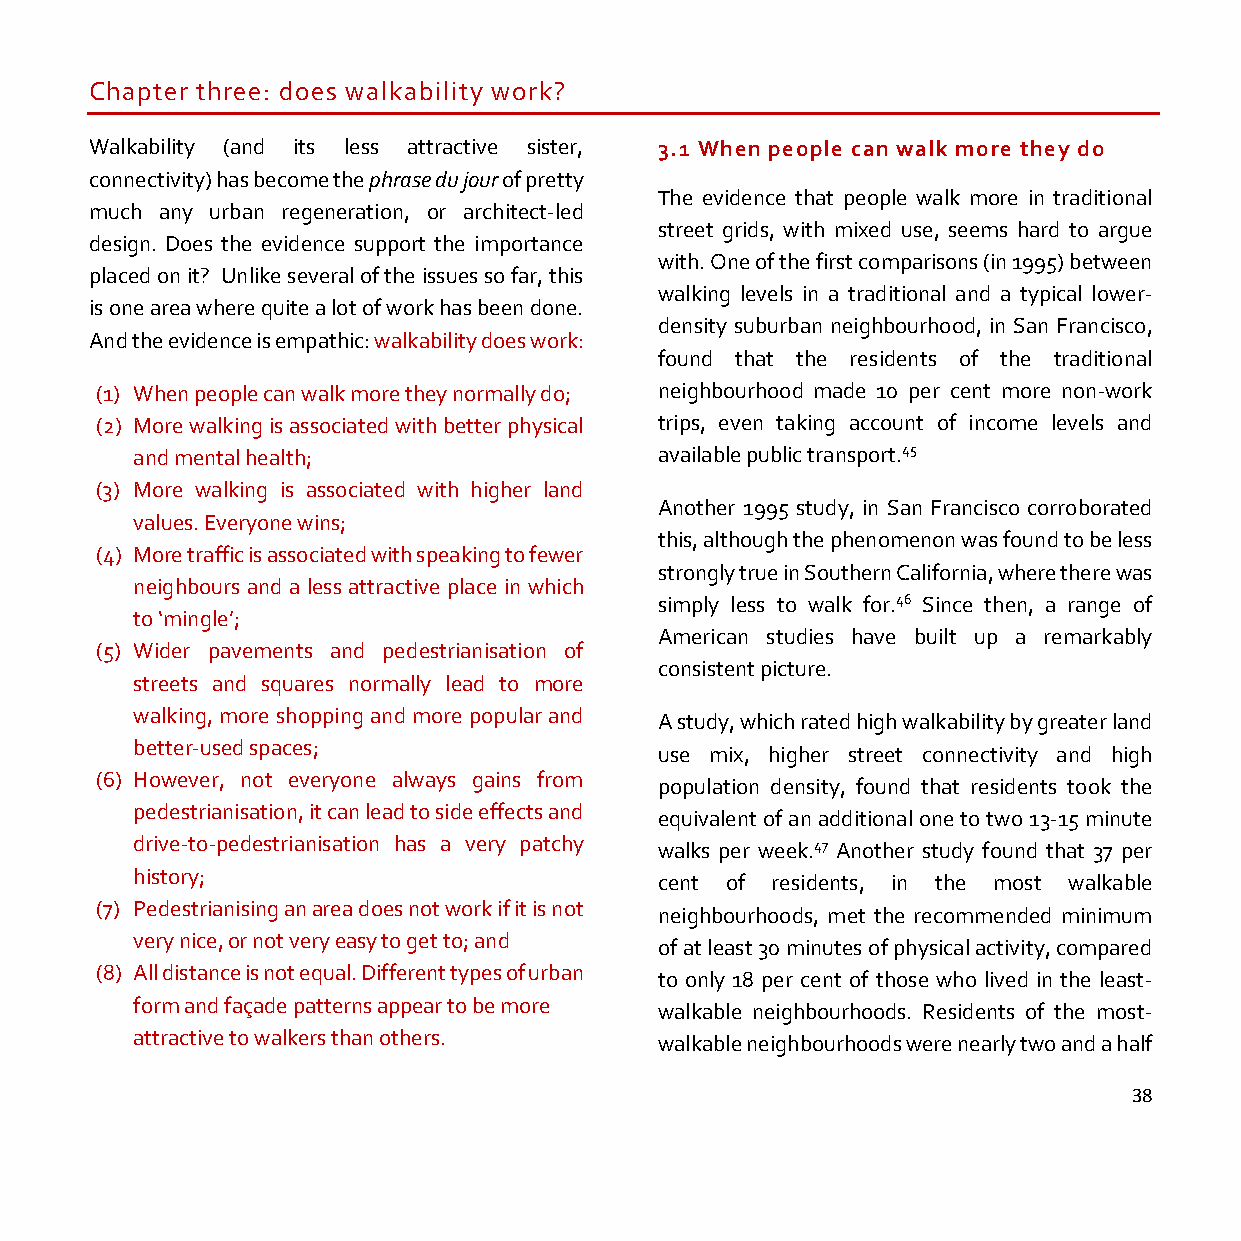
Chapter three: does walkability work?
 Walkability (and its less attractive sister, 3.1 When people can walk more they do
 connectivity) has become the phrase du jour of pretty
 The evidence that people walk more in traditional
 much any urban regeneration, or architect-led
 street grids, with mixed use, seems hard to argue
 design. Does the evidence support the importance
 with. One of the first comparisons (in 1995) between
 placed on it? Unlike several of the issues so far, this
 walking levels in a traditional and a typical lower-
 is one area where quite a lot of work has been done.
 density suburban neighbourhood, in San Francisco,
 And the evidence is empathic: walkability does work:
 found that the residents of the traditional
 (1) When people can walk more they normally do; neighbourhood made 10 per cent more non-work
 (2) More walking is associated with better physical trips, even taking account of income levels and
 and mental health;                 available public transport.45
 (3) More walking is associated with higher land
 Another 1995 study, in San Francisco corroborated
 values. Everyone wins;
 this, although the phenomenon was found to be less
 (4) More traffic is associated with speaking to fewer
 strongly true in Southern California, where there was
 neighbours and a less attractive place in which
 simply less to walk for.46 Since then, a range of
 to ‘mingle’;
 American studies have built up a remarkably
 (5) Wider pavements and pedestrianisation of
 consistent picture.
 streets and squares normally lead to more
 walking, more shopping and more popular and
 A study, which rated high walkability by greater land
 better-used spaces;
 use mix, higher street connectivity and high
 (6) However, not everyone always gains from
 population density, found that residents took the
 pedestrianisation, it can lead to side effects and
 equivalent of an additional one to two 13-15 minute
 drive-to-pedestrianisation has a very patchy walks per week.47 Another study found that 37 per
 history;
 cent of residents, in the most walkable
 (7) Pedestrianising an area does not work if it is not
 neighbourhoods, met the recommended minimum
 very nice, or not very easy to get to; and
 of at least 30 minutes of physical activity, compared
 (8) All distance is not equal. Different types of urban
 to only 18 per cent of those who lived in the least-
 form and façade patterns appear to be more
 walkable neighbourhoods. Residents of the most-
 attractive to walkers than others.
 walkable neighbourhoods were nearly two and a half
 38